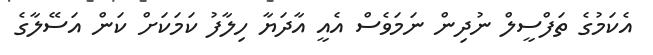
އެކަމުގެ ތަފްސީލް ނުދިން ނަމަވެސް އެއީ އާދަޔާ ހިލާފު ކަމަކަށް ކަން އަސޭލާގެ